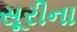
સૂરીના